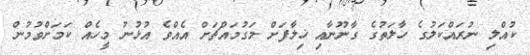
ކުއްލި ނުރައްކަލުގެ ހާލަތުގެ ގާނޫނާއި ޚިލާފަށް މަގުމައްޗަށް އެއްވެ އުޅުނު މީހެއް ކަމަށްވުމުން